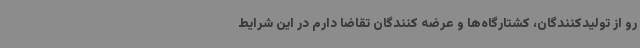
رو از تولیدکنندگان، کشتارگاه‌ها و عرضه کنندگان تقاضا دارم در این شرایط